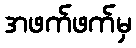
အဖက်ဖက်မှ